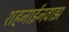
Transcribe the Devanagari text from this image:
शहनाईनवाझ